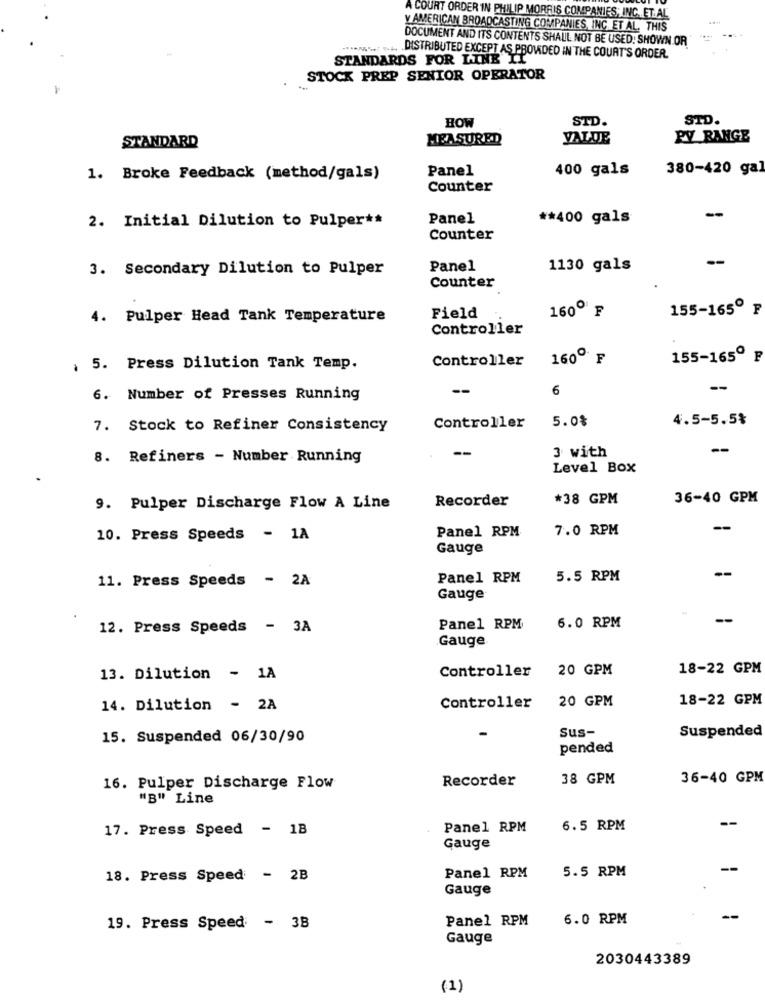
A COURT ORDER IN PHILIP MORRIS COMPANIES, INC. ET.AL
Y AMERICAN BROADCASTING COMPANIES, INC. ET AL. THIS
DOCUMENT AND ITS CONTENTS SHALL NOT BE USED: SHOWN OR
STANDARDS FOR LINE It
........ . DISTRIBUTED EXCEPT AS PROVIDED IN THE COURT'S ORDER.
STOCK PREP SENIOR OPERATOR
HOW
STD.
STD.
MEASURED
VALUE
PY RANGE
STANDARD
Panel
400 gals
380-420 gal
1. Broke Feedback (method/gals)
Counter
Panel
** 400 gals
--
2. Initial Dilution to Pulper **
Counter
-
3. Secondary Dilution to Pulper
Panel
1130 gals
Counter
160º F
155-165º ₽
4. Pulper Head Tank Temperature
Field
Controller
Controller
160º F
155-165º ₽
. 5. Press Dilution Tank Temp.
6
--
6. Number of Presses Running
5.0%
4.5-5.5%
7. Stock to Refiner Consistency
Controller
--
3 with
--
8. Refiners - Number Running
Level Box
Recorder
*38 GPM
36-40 GPM
9. Pulper Discharge Flow A Line
Panel RPM
7.0 RPM
-
10. Press Speeds - 1A
Gauge
11. Press Speeds - 2A
Panel RPM
5.5 RPM
Gauge
12. Press Speeds - 3A
Panel RPM
6.0 RPM
Gauge
Controller
20 GPM
18-22 GPM
13. Dilution - 1A
20 GPM
18-22 GPM
14. Dilution - 2A
Controller
-
Suspended
15. Suspended 06/30/90
Sus-
pended
Recorder
38 GPM
36-40 GPM
16. Pulper Discharge Flow
"B" Line
17. Press Speed - 1B
Panel RPM
6.5 RPM
Gauge
5.5 RPM
18. Press Speed - 2B
Panel RPM
Gauge
Panel RPM
6.0 RPM
19. Press Speed - 3B
Gauge
2030443389
(1)